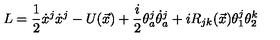
L = \displaystyle \frac { 1 } { 2 } \dot { x } ^ { j } \dot { x } ^ { j } - U ( \vec { x } ) + \displaystyle \frac { i } { 2 } \theta _ { a } ^ { j } \dot { \theta } _ { a } ^ { j } + i R _ { j k } ( \vec { x } ) \theta _ { 1 } ^ { j } \theta _ { 2 } ^ { k }